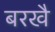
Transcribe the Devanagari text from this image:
बरखै